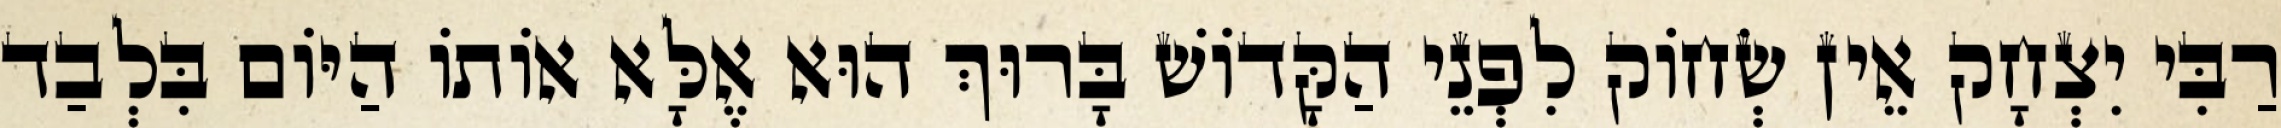
רַבִּי יִצְחָק אֵין שְׂחוֹק לִפְנֵי הַקָּדוֹשׁ בָּרוּךְ הוּא אֶלָּא אוֹתוֹ הַיּוֹם בִּלְבַד